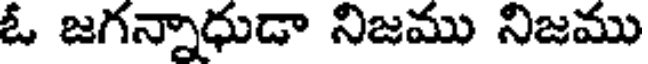
ఓ జగన్నాధుడా నిజము నిజము